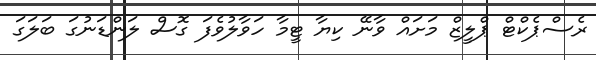
ރެސްޕެކްޓް ޕްލީޒް މަށައް ވާނޭ ކިޔާ ޓީމާ ހަވާލުވެފަ ގޮސް ލަންޑަނުގަ ބަލަގަ